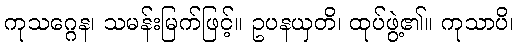
ကုသဂ္ဂေန၊ သမန်းမြက်ဖြင့်။ ဥပနယှတိ၊ ထုပ်ဖွဲ့၏။ ကုသာပိ၊